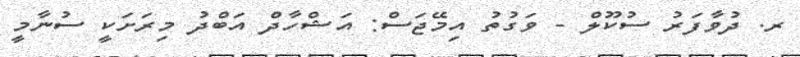
ރ. ދުވާފަރު ސުކޫލް - ވަގުތު އިމޭޖަސް: އަޝްހާދް އަބްދު މިރަށަކީ ސުނާމީ